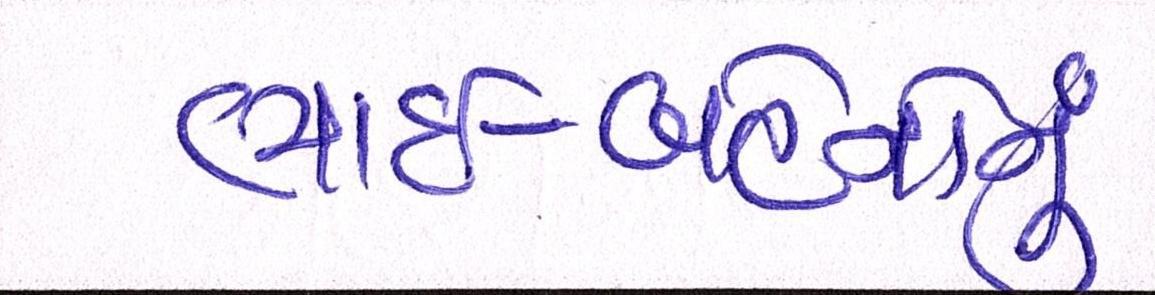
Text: ભાઈ-બહેનોનું